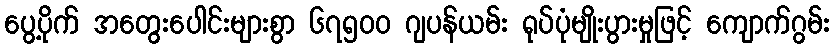
ပွေ့ပိုက် အတွေးပေါင်းများစွာ ၆၇၅၀၀ ဂျပန်ယမ်း ရုပ်ပုံမျိုးပွားမှုဖြင့် ကျောက်ဂွမ်း